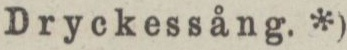
Dryckessång. *)